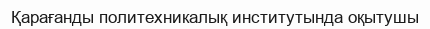
Қарағанды политехникалық институтында оқытушы